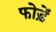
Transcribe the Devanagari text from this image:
फोड़ें